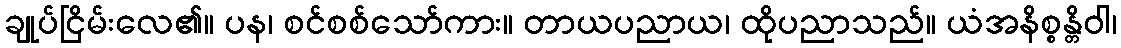
ချုပ်ငြိမ်းလေ၏။ ပန၊ စင်စစ်သော်ကား။ တာယပညာယ၊ ထိုပညာသည်။ ယံအနိစ္စန္တိဝါ၊